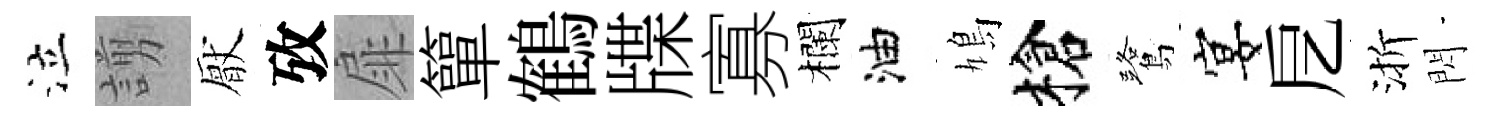
泣謭厭攷扉簞鶴牒寡欄油鳩槍鷺宴戹渐閃